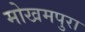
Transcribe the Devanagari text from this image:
मोखमपुरा